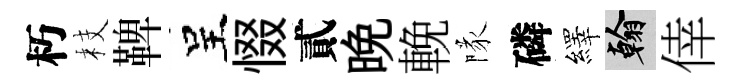
朽枝鞞呈惙貳晩輓隊磷繹翰倖